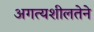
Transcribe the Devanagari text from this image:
अगत्यशीलतेने